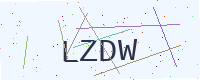
Text: LZDW